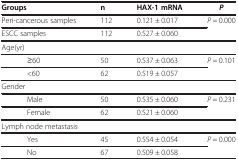
<table><thead><tr><td><b>Groups</b></td><td><b>n</b></td><td><b>HAX-1 mRNA</b></td><td><b><i>P</i></b></td></tr></thead><tbody><tr><td>Peri-cancerous samples</td><td>112</td><td>0.121 ± 0.017</td><td rowspan="2"><i>P</i> = 0.000</td></tr><tr><td>ESCC samples</td><td>112</td><td>0.527 ± 0.060</td></tr><tr><td colspan="4">Age(yr)</td></tr><tr><td>≥60</td><td>50</td><td>0.537 ± 0.063</td><td rowspan="2"><i>P</i> = 0.101</td></tr><tr><td>&lt;60</td><td>62</td><td>0.519 ± 0.057</td></tr><tr><td colspan="4">Gender</td></tr><tr><td>Male</td><td>50</td><td>0.535 ± 0.060</td><td rowspan="2"><i>P</i> = 0.231</td></tr><tr><td>Female</td><td>62</td><td>0.521 ± 0.060</td></tr><tr><td colspan="4">Lymph node metastasis</td></tr><tr><td>Yes</td><td>45</td><td>0.554 ± 0.054</td><td rowspan="2"><i>P</i> = 0.000</td></tr><tr><td>No</td><td>67</td><td>0.509 ± 0.058</td></tr></tbody></table>